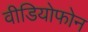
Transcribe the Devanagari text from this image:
वीडियोफोन